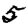
Digit: 5